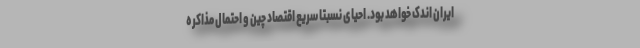
ایران اندک خواهد بود. احیای نسبتاً سریع اقتصاد چین و احتمال مذاکره